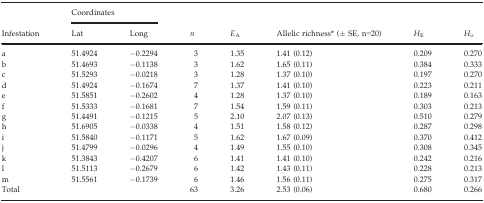
|  | <COLSPAN=2> Coordinates |  |  |  |  |  |
 | Infestation | Lat | Long | n | EA | Allelic richness* (± SE, n=20) | HE | Ho |
 | --- | --- | --- | --- | --- | --- | --- | --- |
 | a | 51.4924 | −0.2294 | 3 | 1.35 | 1.41 (0.12) | 0.209 | 0.270 |
 | b | 51.4693 | −0.1138 | 3 | 1.62 | 1.65 (0.11) | 0.384 | 0.333 |
 | c | 51.5293 | −0.0218 | 3 | 1.28 | 1.37 (0.10) | 0.197 | 0.270 |
 | d | 51.4924 | −0.1674 | 7 | 1.37 | 1.41 (0.10) | 0.223 | 0.211 |
 | e | 51.5851 | −0.2602 | 4 | 1.28 | 1.37 (0.10) | 0.189 | 0.163 |
 | f | 51.5333 | −0.1681 | 7 | 1.54 | 1.59 (0.11) | 0.303 | 0.213 |
 | g | 51.4491 | −0.1215 | 5 | 2.10 | 2.07 (0.13) | 0.510 | 0.279 |
 | h | 51.6905 | −0.0338 | 4 | 1.51 | 1.58 (0.12) | 0.287 | 0.298 |
 | i | 51.5840 | −0.1171 | 5 | 1.62 | 1.67 (0.09) | 0.370 | 0.412 |
 | j | 51.4799 | −0.0296 | 4 | 1.49 | 1.55 (0.10) | 0.308 | 0.345 |
 | k | 51.3843 | −0.4207 | 6 | 1.41 | 1.41 (0.10) | 0.242 | 0.216 |
 | l | 51.5113 | −0.2679 | 6 | 1.42 | 1.43 (0.11) | 0.228 | 0.213 |
 | m | 51.5561 | −0.1739 | 6 | 1.46 | 1.56 (0.11) | 0.275 | 0.317 |
 | Total |  |  | 63 | 3.26 | 2.53 (0.06) | 0.680 | 0.266 |